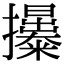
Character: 𢹯